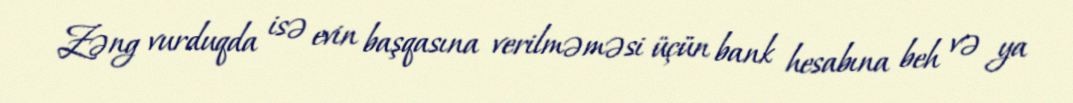
Zəng vurduqda isə evin başqasına verilməməsi üçün bank hesabına beh və ya